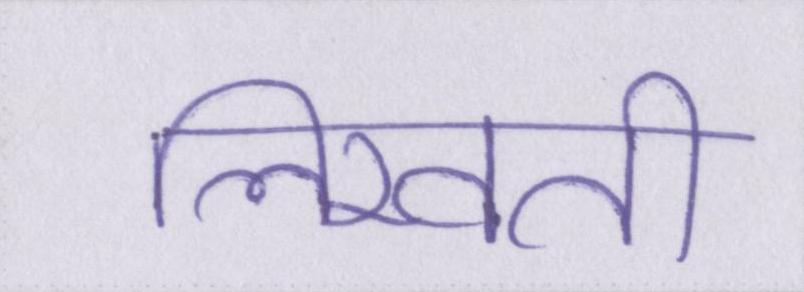
लिखती